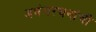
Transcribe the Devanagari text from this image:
अभंगरचनांची